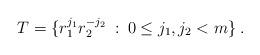
LaTeX: \begin{align*}T=\{r_{1}^{j_{1}}r_{2}^{-j_{2}}\::\:0\le j_{1},j_{2}<m\}\:.\end{align*}